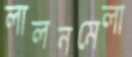
লালনমেলা